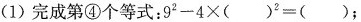
(1)完成第④个等式：$$9^{2}-4 \times ( )^{2}=( )$$;